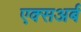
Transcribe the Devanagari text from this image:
एक्सअर्ब